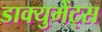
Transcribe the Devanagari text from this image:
डाक्युमेंट्स